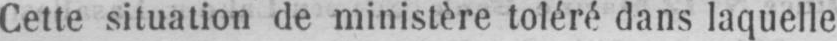
Cette situation de ministère toléré dans laquelle